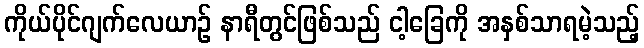
ကိုယ်ပိုင်ဂျက်လေယာဉ် နာရီတွင်ဖြစ်သည် ငါ့ခြေကို အနှစ်သာရမဲ့သည့်